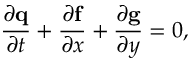
\frac { \partial \mathbf { q } } { \partial t } + \frac { \partial \mathbf { f } } { \partial x } + \frac { \partial \mathbf { g } } { \partial y } = 0 ,